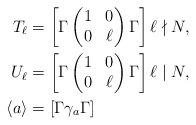
LaTeX: \begin{align*} T_\ell & = \left[ \Gamma \begin{pmatrix} 1 & 0 \\ 0 & \ell \end{pmatrix} \Gamma \right] \ell \nmid N,\\ U_\ell & = \left[ \Gamma \begin{pmatrix} 1 & 0 \\ 0 & \ell \end{pmatrix} \Gamma \right] \ell \mid N,\\ \langle a \rangle & = [\Gamma \gamma_a \Gamma] \end{align*}